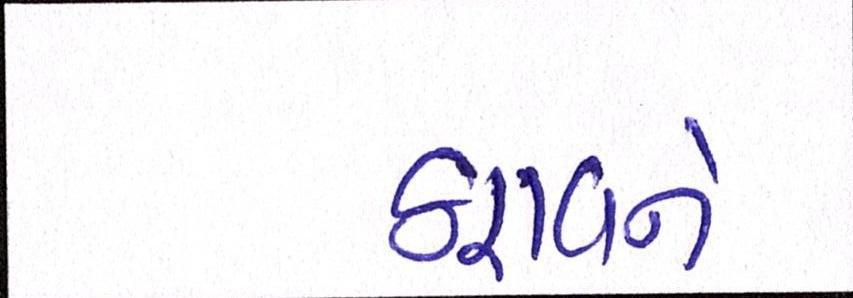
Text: ઠરાવને